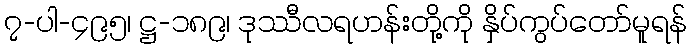
၇-ပါ-၄၉၅၊ ဋ္ဌ-၁၈၉၊ ဒုဿီလရဟန်းတို့ကို နှိပ်ကွပ်တော်မူရန်